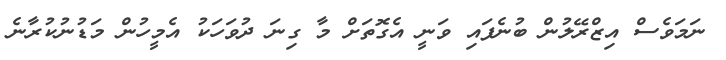
ނަމަވެސް އިޒްރޭލުން ބުނެފައި ވަނީ އެގޮތަށް މާ ގިނަ ދުވަހަކު އެމީހުން މަޑުނުކުރާނެ